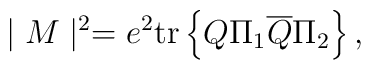
\mid M\mid ^2=e^2\mbox{tr}\left\{ Q\Pi _1\overline{Q}\Pi_2\right\} ,